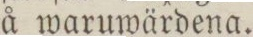
å waruwärdena.